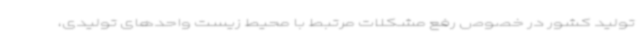
تولید کشور در خصوص رفع مشکلات مرتبط با محیط زیست واحدهای تولیدی،